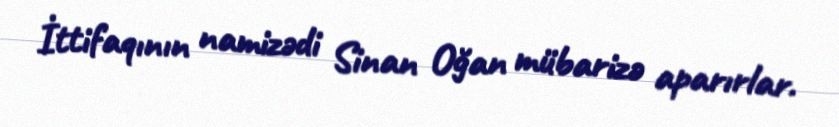
İttifaqının namizədi Sinan Oğan mübarizə aparırlar.